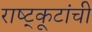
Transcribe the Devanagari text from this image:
राष्ट्कूटांची